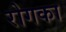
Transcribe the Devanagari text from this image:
रोगका